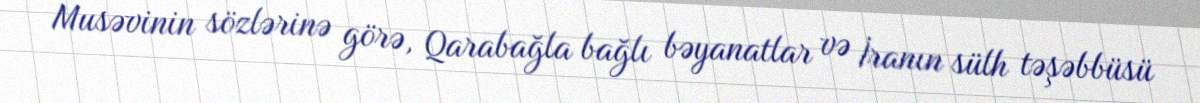
Musəvinin sözlərinə görə, Qarabağla bağlı bəyanatlar və İranın sülh təşəbbüsü